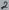
Text: 2